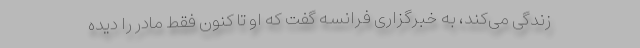
زندگی می‌کند، به خبرگزاری فرانسه گفت که او تا کنون فقط مادر را دیده